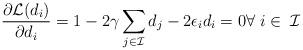
LaTeX: \begin{align*}&\frac{\partial\mathcal{L}(d_i) }{\partial d_i} = 1 - 2\gamma \sum_{j \in \mathcal{I}}d_j -2\epsilon_id_i = 0 \forall\; i \in\; \mathcal{I}\end{align*}